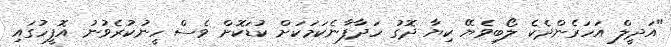
"އަދީލް އަހަރެންދެކެ ލޯބިވެޔޭ ކިޔާ ދޮގު ހަދާފާނެކަމަކަށް ކުޑަކޮށް ވެސް ހީނުކުރެވުނު އޮފީހުގައި